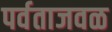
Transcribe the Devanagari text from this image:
पर्वताजवळ